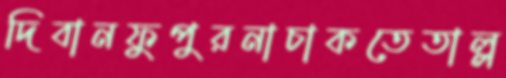
দিবানফুপুরনাচাকতেতাল্ল